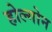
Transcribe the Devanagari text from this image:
होल्गोन